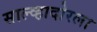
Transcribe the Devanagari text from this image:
साल्व्हादोरला